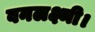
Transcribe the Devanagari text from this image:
वनलक्ष्मी।